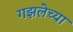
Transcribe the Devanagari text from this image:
गझलेच्या